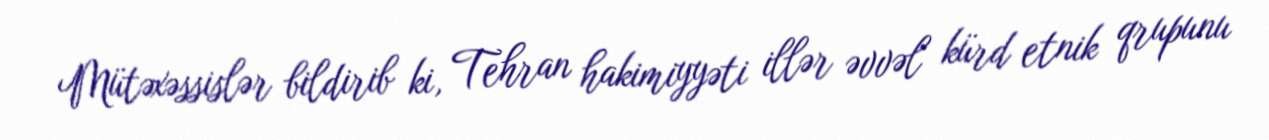
Mütəxəssislər bildirib ki, Tehran hakimiyyəti illər əvvəl kürd etnik qrupunu